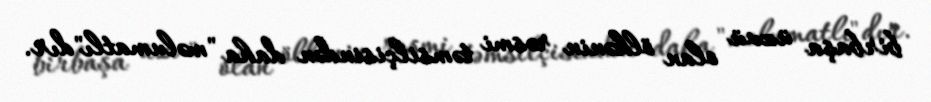
birbaşa üzvü olan ölkənin rəsmi təmsilçisindən daha "məlumatlı"dır.